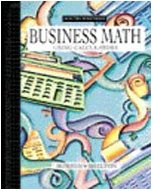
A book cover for Business Math Using Calculators; Nelda Shelton; Business & Money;